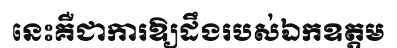
នេះគឺជាការឱ្យដឹងរបស់ឯកឧត្តម